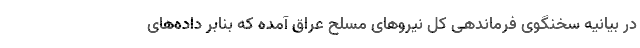
در بیانیه سخنگوی فرماندهی کل نیروهای مسلح عراق آمده که بنابر داده‌های